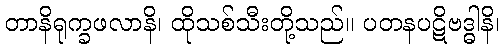
တာနိရုက္ခဖလာနိ၊ ထိုသစ်သီးတို့သည်။ ပတနပဋိဗဒ္ဓါနိ၊